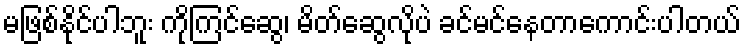
မဖြစ်နိုင်ပါဘူး ကိုကြင်ဆွေ၊ မိတ်ဆွေလိုပဲ ခင်မင်နေတာကောင်းပါတယ်